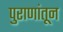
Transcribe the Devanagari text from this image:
पुराणांतून